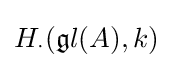
H_{\cdot }({{\mathfrak {g}}l}(A),k)